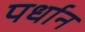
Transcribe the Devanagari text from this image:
पर्धान